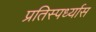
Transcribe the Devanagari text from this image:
प्रतिस्पर्ध्यास